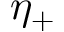
\eta _ { + }